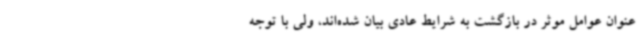
عنوان عوامل موثر در بازگشت به شرایط عادی بیان شده‌اند، ولی با توجه